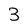
Character: 3